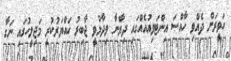
ހަވީރަށް ދެއްވި ހާއްސަ އިންޓަވިއުއެއްގައި ދިޔާނާ ވިދާޅުވީ ޖާބިރު ހައްޔަރުކުރީ މަޖިލީހުގައި ނަގާ